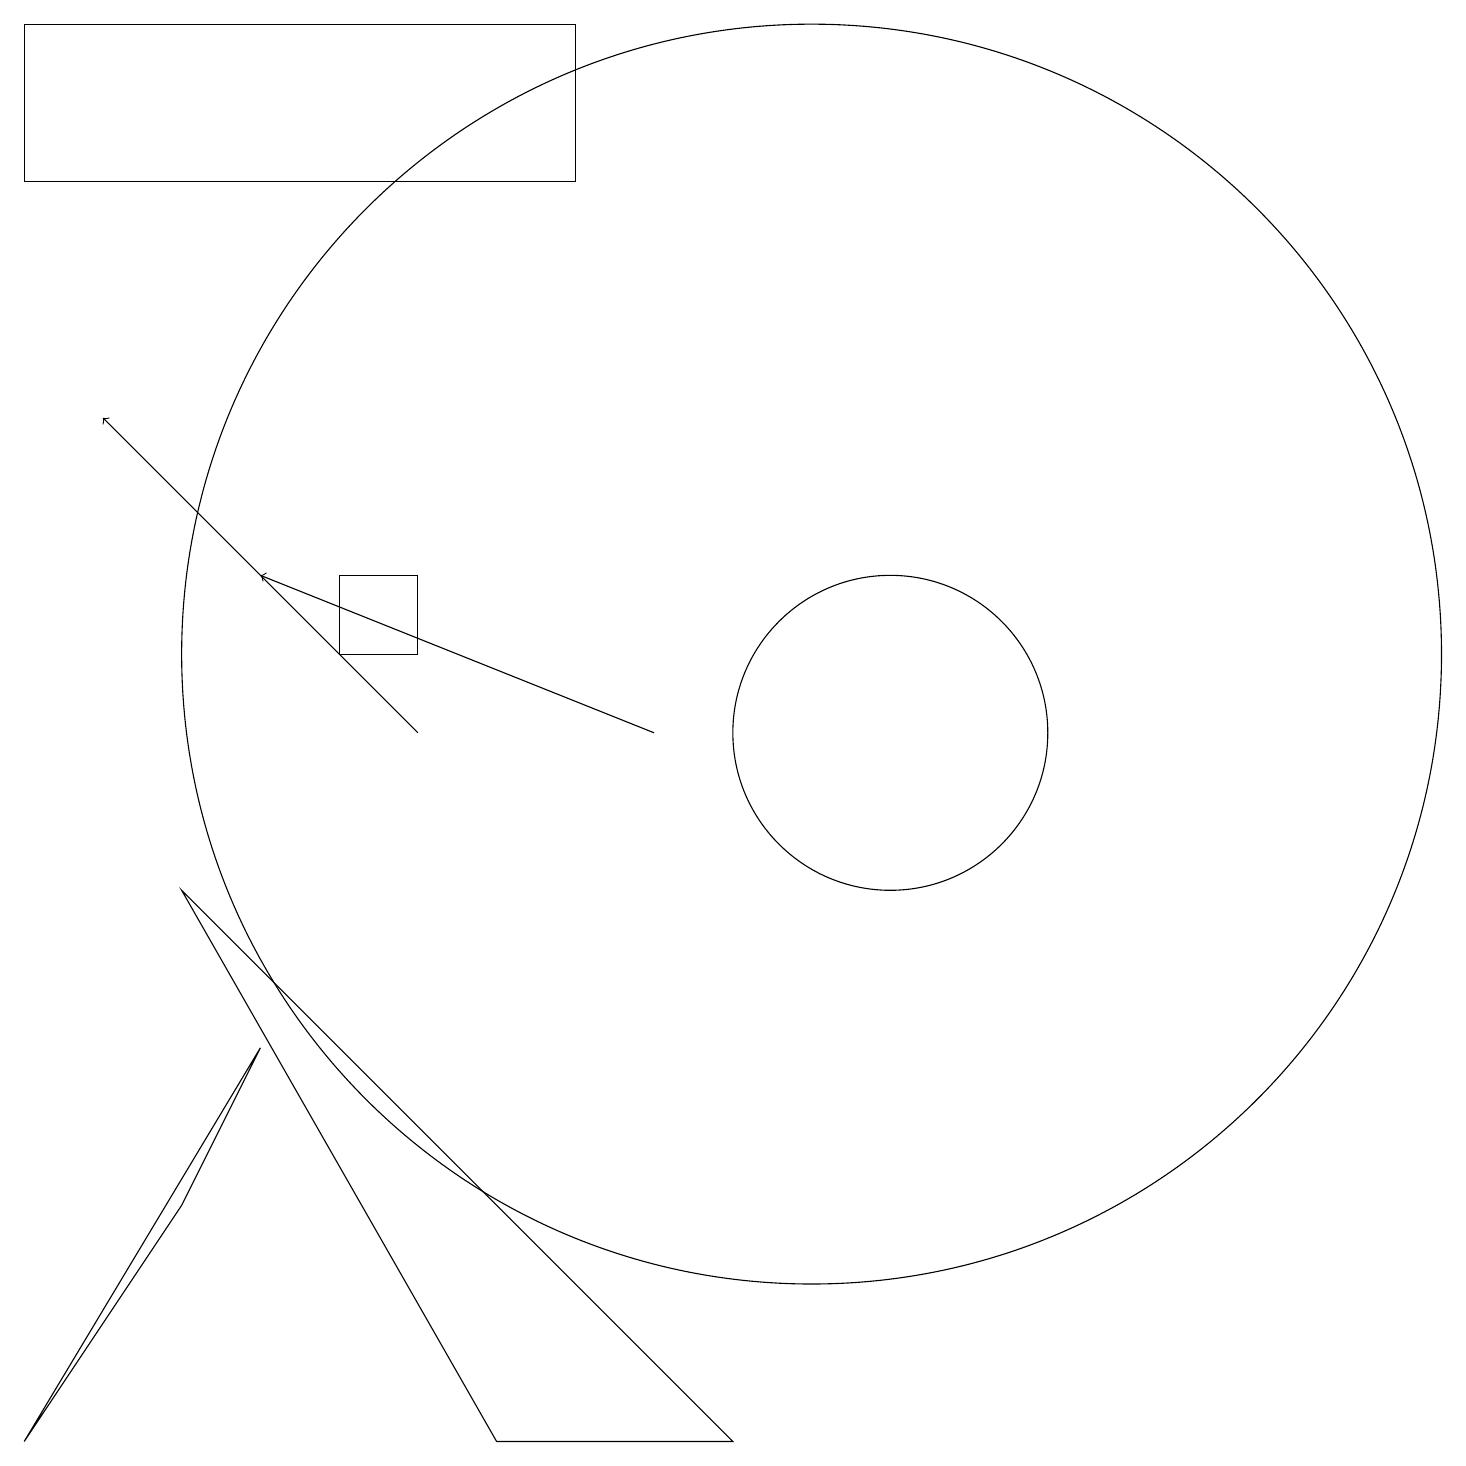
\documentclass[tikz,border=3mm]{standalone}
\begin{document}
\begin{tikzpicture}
\draw (0,17) rectangle (7,19);
\draw[->] (8,10) -- (3,12);
\draw (11,10) circle (2);
\draw (9,1) -- (6,1) -- (2,8) -- cycle;
\draw (10,11) circle (8);
\draw (4,12) rectangle (5,11);
\draw (2,4) -- (0,1) -- (3,6) -- cycle;
\draw[->] (5,10) -- (1,14);
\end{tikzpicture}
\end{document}